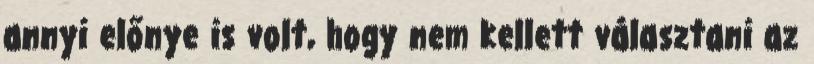
annyi előnye is volt, hogy nem kellett választani az